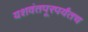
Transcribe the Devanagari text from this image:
यशवंतपूरपर्यंतच